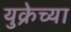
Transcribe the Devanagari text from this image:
युक्रेच्या